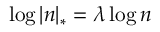
\log | n | _ { * } = \lambda \log n